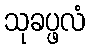
သုခပ္ဖလံ